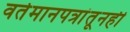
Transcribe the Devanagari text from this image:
वर्तमानपत्रांतूनही